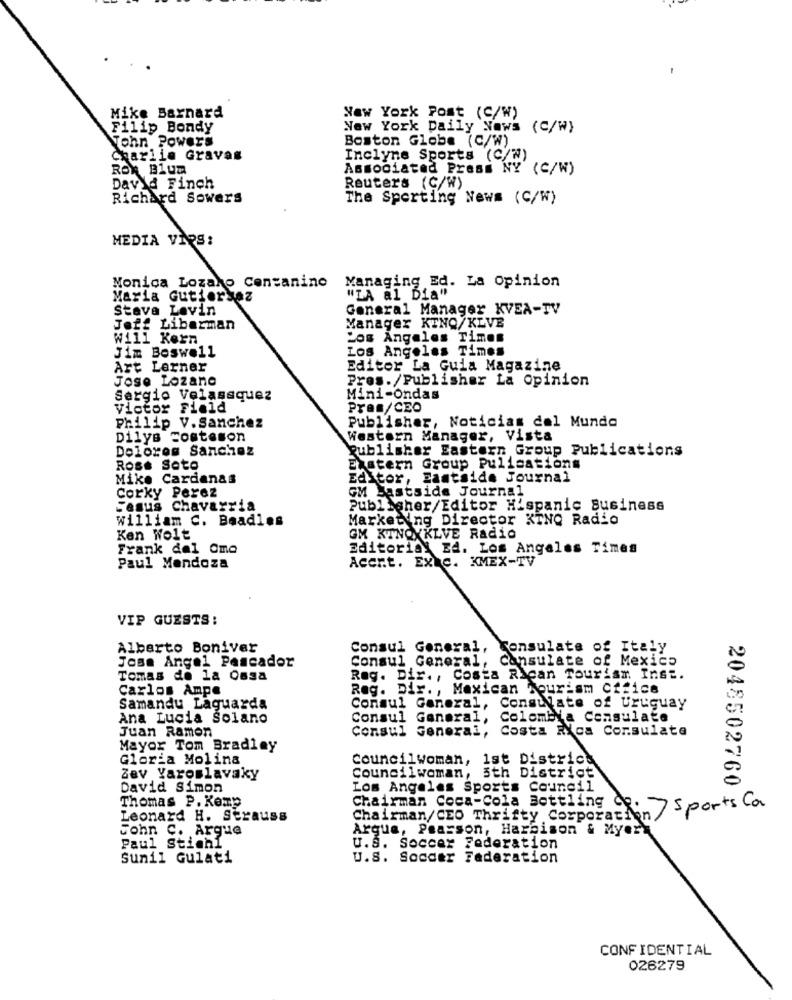
Mike Barnard
New York Post (C/W)
Filip Bondy
New York Daily News (C/W)
wohn Powers
Boston Globe (C/W)
Charlie Gravas
Inclyne Sports (C/W)
ROR BIUM
Associated Press NY (C/W)
David Finch
Reuters (C/W)
Richard Sowers
The Sporting News (C/W)
MEDIA VIPS:
Monica Lozano Contanino
Managing Ed. La Opinion
Maria Gutiersez
"LA al Dia"
Stava Levin
General Manager KVEA-TV
Manager KTNO/KLVE
Jeff Liberman
Will Kern
Los Angeles Times
Jim Boswell
Los Angeles Times
Art Lerner
Editor La Guia Magazine
Jose Lozano
Pres./Publisher La Opinion
Sergio Velassquez
Mini-Ondas
Victor Field
Pran/CEO
Philip V. Sanchez
Publisher, Noticias del Mundo
Dilys Fosteson
Western Manager, Vista
Dolores Sanchez
Publisher Eastern Group Publications
Rose Sote
ELstern Group Pulisations
Mike Cardenas
Editor, Eastside Journal
Corky Perez
GM Lastside Journal
Jesus Chavarria
Publisher/Editor Hispanic Business
william C. Beadles
Marketing Director KINO Radio
Ken Wolt
GM KTNOXK
VOXKLVE Radio
Frank del Omo
Editorial Ed. Los Angeles Times
Acer.t. EX&C. KMEX-TV
Paul Mendoza
VIP GUESTS:
Alberto Boniver
Consul General, Consulate of Italy
Jose Angel Pescador
Consulate of Mexico
Consul General
Tomas de la Ossa
Reg. Dir ., Costa Rican Tourism Inst.
Carlos Ampe
Reg. Dir ., Mexican Tourism office
Samandu Laguarda
Consul General, Consulate of Uruguay
Ana Lucia Solano
Consul General, Colombia Consulate
Juan Ramon
Consul General, Costa Rica Consulate
Mayor Tom Bradley
Gloria Molina
Councilwoman, 1st District
Councilwoman, 3th District
Zev Yaroslavaky
David Simon
Los Angeles Sports
Council
Thomas P. Komp
2048502760 }
Chairman/CEO Thrifty Corporation / Sports Ca
Chairman Coca-Cola Bottling Ce.
Leonard H. Strauss
John C. Argue
Argue, Pearson, Harbison & Myork
Paul Stich1
U.S. Soccer Federation
Sunil Gulati
U.S. Soccer Federation
CONFIDENTIAL
026279